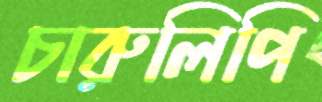
চারুলিপি